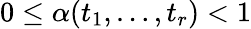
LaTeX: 0\leq\alpha(t_{1},\dots,t_{r})<1